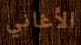
الأغاني